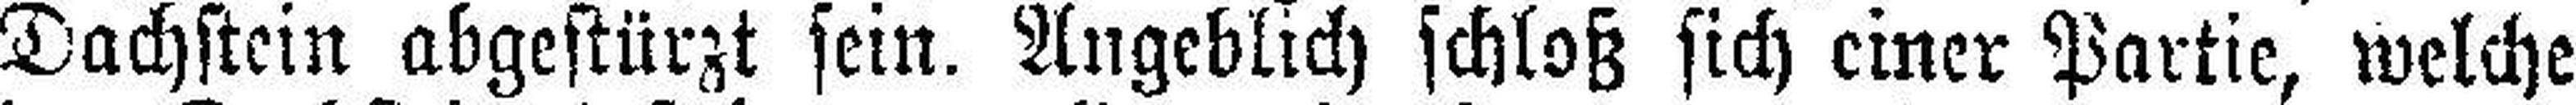
Dachstein abgestürzt sein. Angeblich schloß sich einer Partie, welche